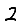
Digit: 2